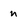
Character: n